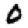
Digit: 0